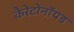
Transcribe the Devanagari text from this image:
कैरेटोनॉयड